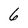
Character: 6